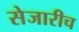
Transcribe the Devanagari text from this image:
सेजारीच